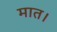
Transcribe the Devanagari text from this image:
मात।